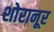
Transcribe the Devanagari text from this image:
शोरानूर